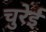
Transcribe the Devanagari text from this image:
चुरेई